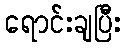
ရောင်းချပြီး